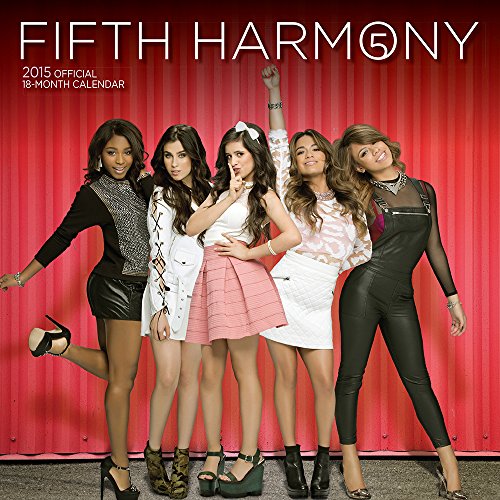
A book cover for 5th Harmony 2015 Square 12x12 (Multilingual Edition); BrownTrout; Calendars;